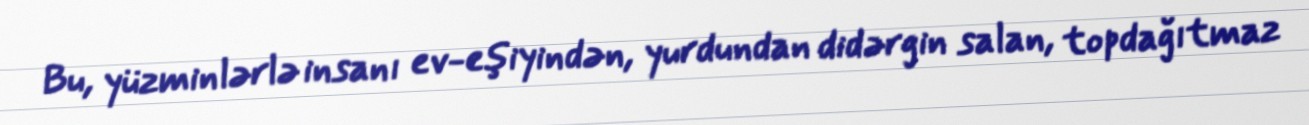
Bu, yüzminlərlə insanı ev-eşiyindən, yurdundan didərgin salan, topdağıtmaz